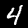
Label: 4